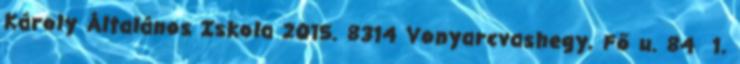
Károly Általános Iskola 2015. 8314 Vonyarcvashegy, Fő u. 84 1.